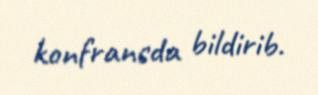
konfransda bildirib.